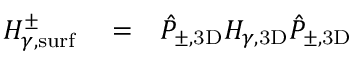
\begin{array} { r l r } { H _ { \gamma , \mathrm { s u r f } } ^ { \pm } } & { { } = } & { \hat { P } _ { \pm , \mathrm { 3 D } } H _ { \gamma , \mathrm { 3 D } } \hat { P } _ { \pm , \mathrm { 3 D } } } \end{array}